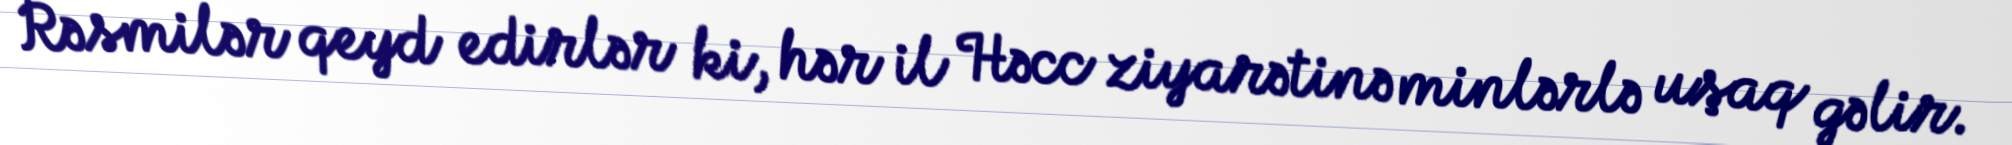
Rəsmilər qeyd edirlər ki, hər il Həcc ziyarətinə minlərlə uşaq gəlir.